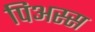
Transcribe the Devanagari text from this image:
पिअस्स